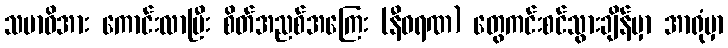
သမာဓိအား ကောင်းလာပြီး စိတ်အညစ်အကြေး (နီဝရဏ) တွေကင်းစင်သွားချိန်မှာ အာရုံမှာ